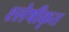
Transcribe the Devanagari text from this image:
श्लेषीकृत